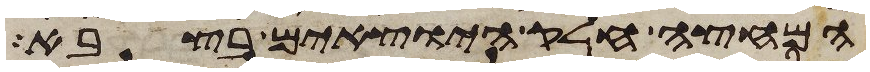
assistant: המחצה חלק היוצאים בצבא